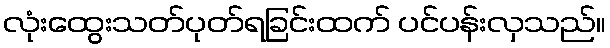
လုံးထွေးသတ်ပုတ်ရခြင်းထက် ပင်ပန်းလှသည်။